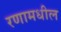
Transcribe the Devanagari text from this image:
रणामधील